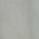
كل